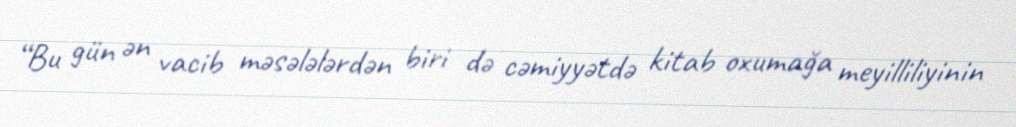
“Bu gün ən vacib məsələlərdən biri də cəmiyyətdə kitab oxumağa meyilliliyinin